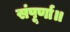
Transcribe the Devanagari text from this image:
संपूर्णा॥